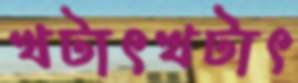
খটাৎখটাৎ